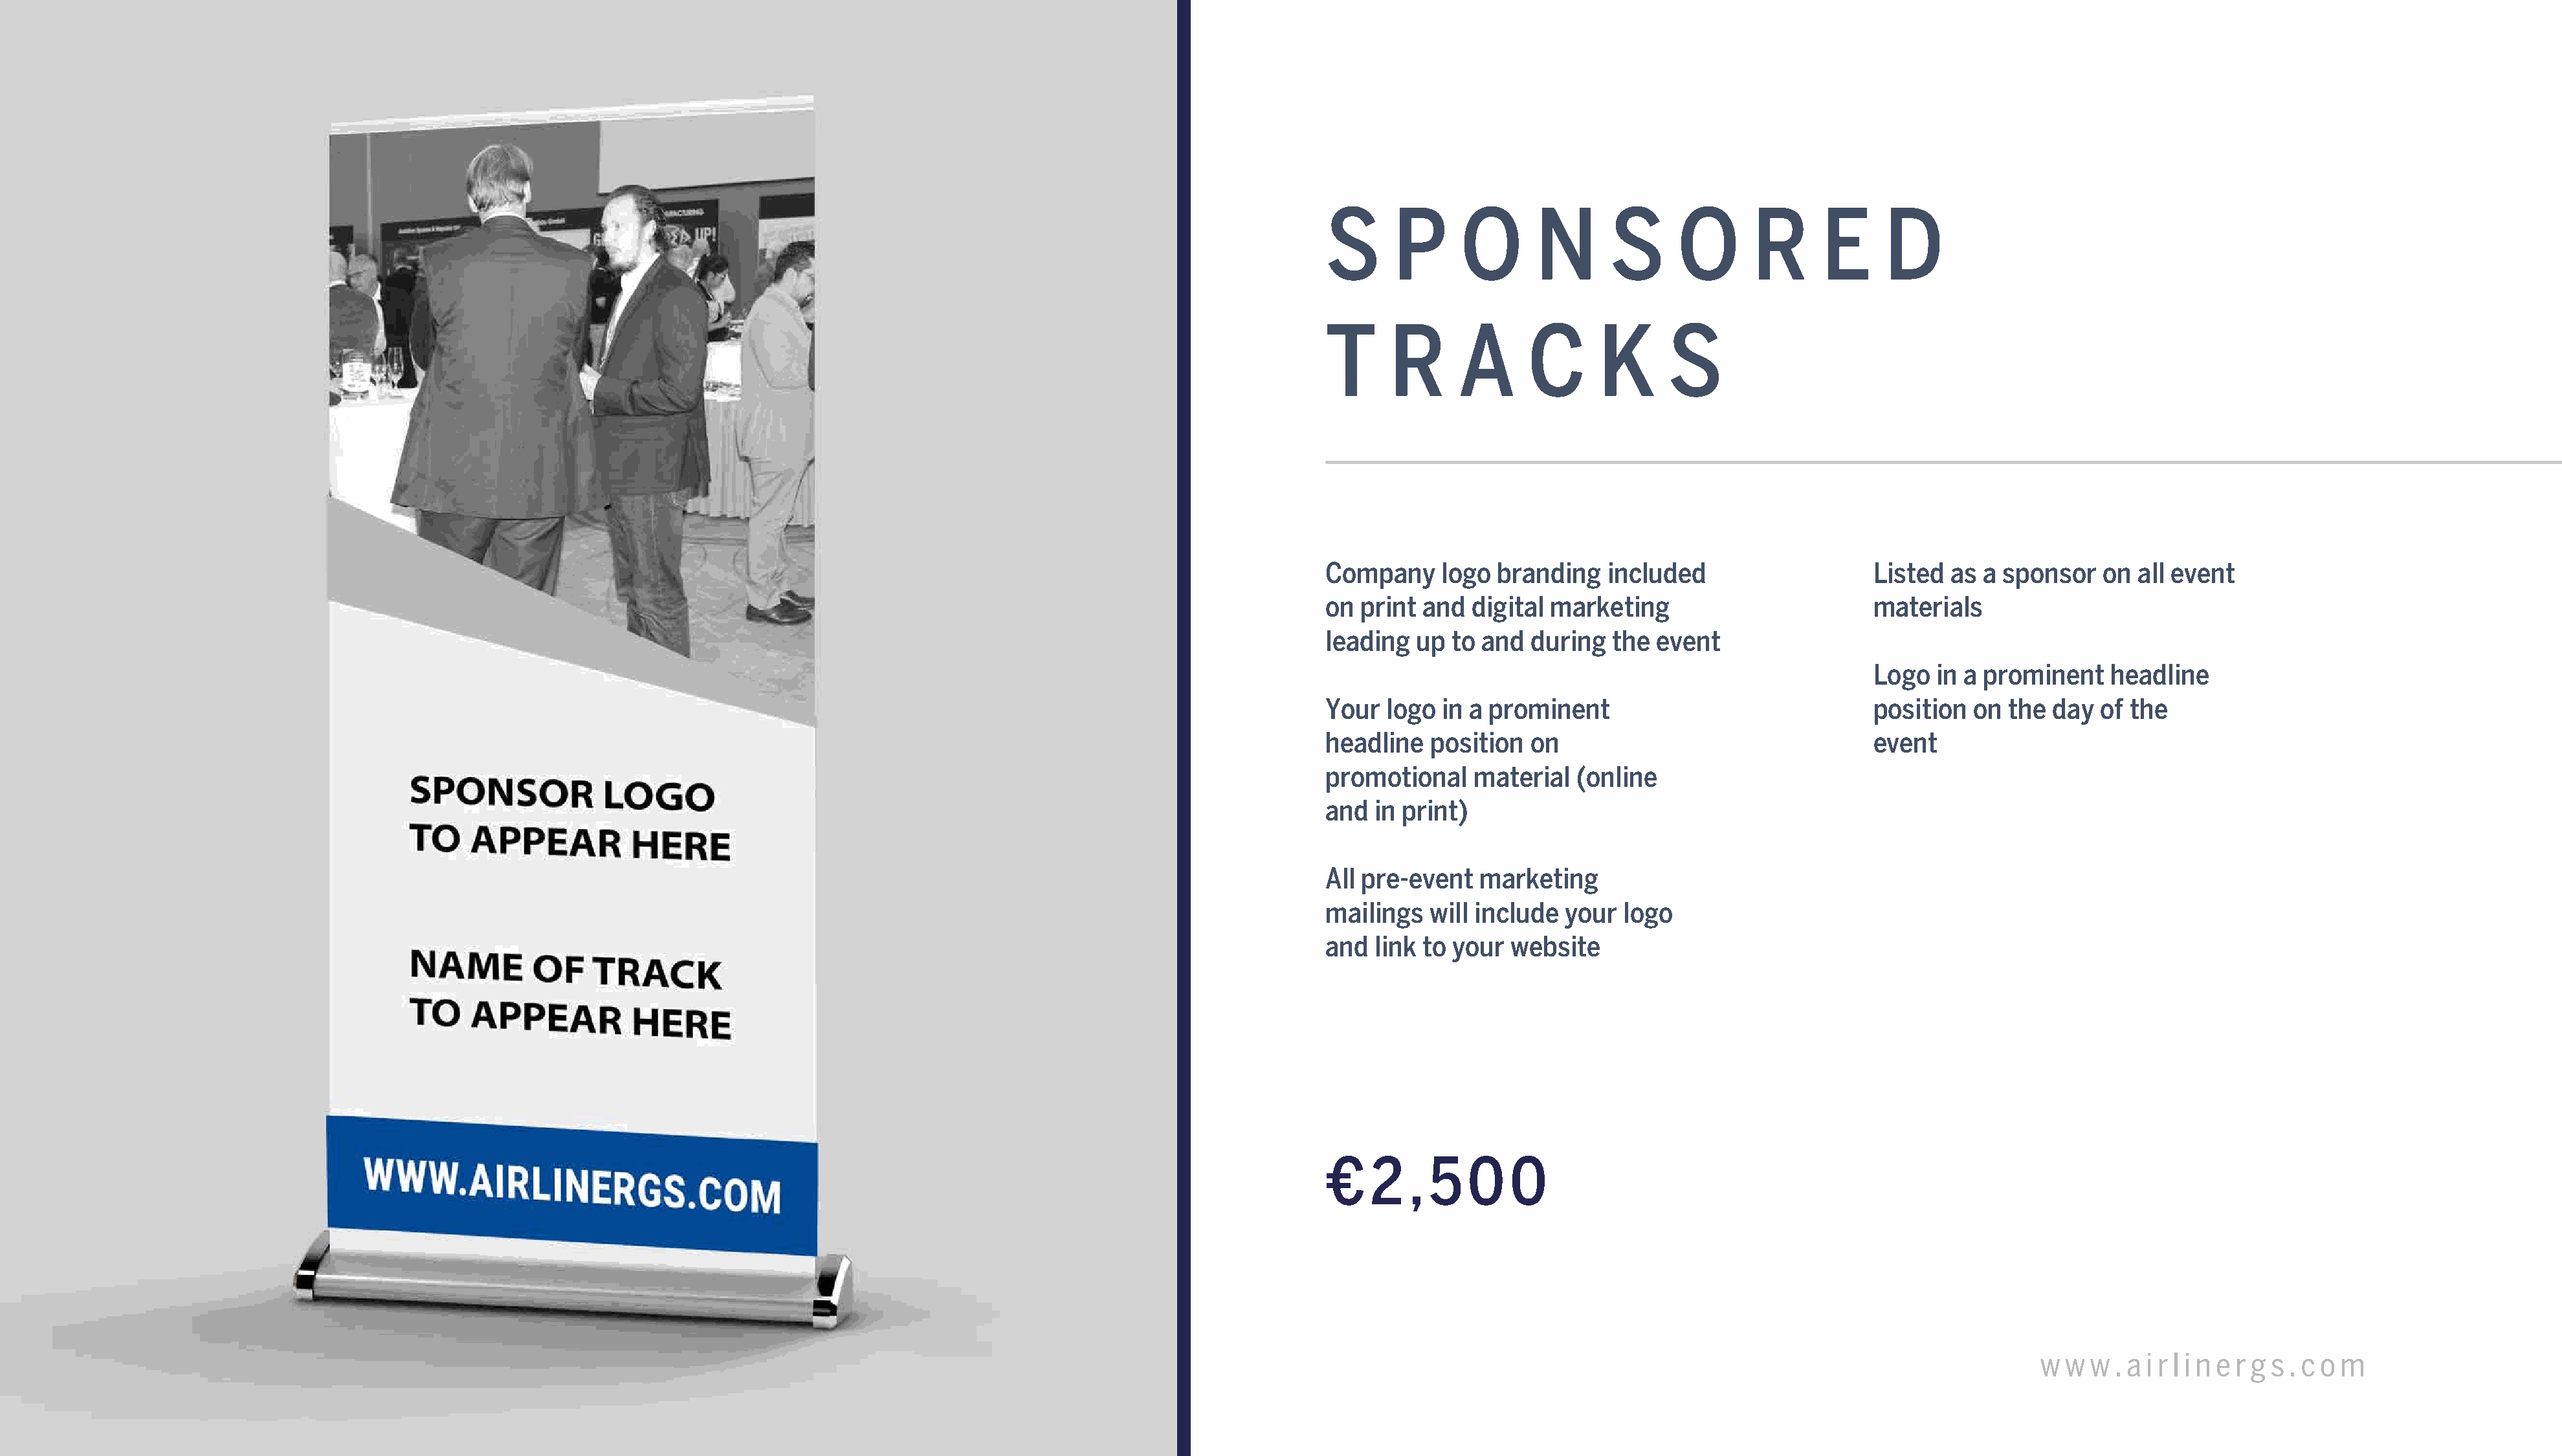
S      P     O       N       S      O      R      E      D
 T     R      A      C      K       S
 Company    logo  branding   included                    Listed  as a sponsor   on  all event
 on print  and  digital marketing                        materials
 leading  up to  and  during  the event
 Logo  in a prominent    headline
 Your  logo  in a prominent                              position  on the  day  of the
 headline  position   on                                 event
 promotional    material  (online
 and  in print)
 All pre-event  marketing
 mailings  will include  your  logo
 and  link to your  website
 €   2   , 5   0   0
 AGS    Global    Networking        Summit      2022                                                                                                                                          w w  w . a i r l i n e r g s . c o m